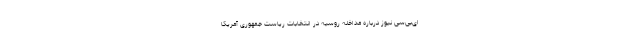
ای‌بی‌سی نیوز درباره مداخله روسیه در انتخابات ریاست جمهوری آمریکا